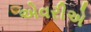
એવરીએ